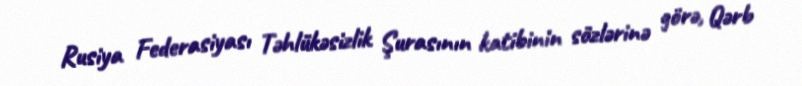
Rusiya Federasiyası Təhlükəsizlik Şurasının katibinin sözlərinə görə, Qərb